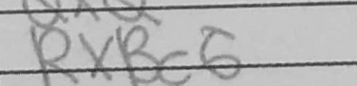
Transcription: RxBc6